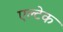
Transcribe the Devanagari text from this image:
एल्टेक